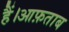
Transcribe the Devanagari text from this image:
हैं।आफ़ताब